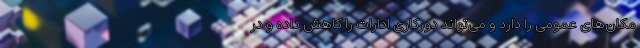
مکان‌های عمومی را دارد و می‌تواند دورکاری ادارات را کاهش داده و در